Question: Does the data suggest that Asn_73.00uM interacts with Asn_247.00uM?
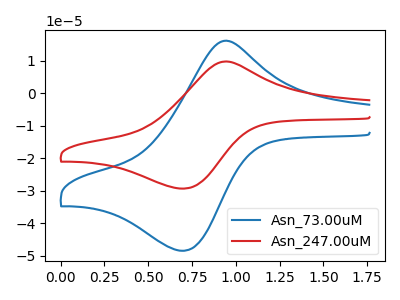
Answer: <think>The blue curve "Asn_73.00uM" has an anodic peak at (0.90V, 16.00uA) and a cathodic peak at (0.70V, -48.50uA). The red curve "Asn_247.00uM" has an anodic peak at (0.90V, 9.70uA) and a cathodic peak at (0.70V, -29.35uA).
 All the peaks in "Asn_73.00uM" have a peak in "Asn_247.00uM" at the same potential. Every peak in "Asn_73.00uM" is higher than every peak in "Asn_247.00uM".</think>
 <answer>No, "Asn_73.00uM" and "Asn_247.00uM" don't appear to be significantly different in shape</answer>
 <eval>no_change</eval>